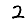
Digit: 2